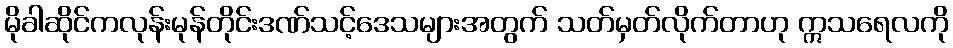
မိုခါဆိုင်ကလုန်းမုန်တိုင်းဒဏ်သင့်ဒေသများအတွက် သတ်မှတ်လိုက်တာဟု ဣသရေလကို